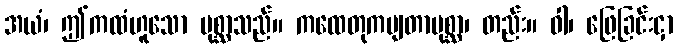
အယံ၊ ဤကထံဟူသော ပုစ္ဆာသည်။ ကထေတုကမျတာပုစ္ဆာ၊ တည်း။ ဝါ၊ ဖြေခြင်းငှာ